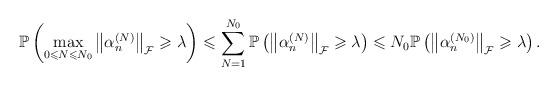
LaTeX: \begin{align*}\mathbb{P}\left( \max_{0\leqslant N\leqslant N_{0}}\left\Vert \alpha_{n}^{(N)}\right\Vert _{\mathcal{F}}\geqslant\lambda\right) \leqslant\sum_{N=1}^{N_{0}}\mathbb{P}\left( \left\Vert \alpha_{n}^{(N)}\right\Vert_{\mathcal{F}}\geqslant\lambda\right) \leqslant N_{0}\mathbb{P}\left(\left\Vert \alpha_{n}^{(N_{0})}\right\Vert _{\mathcal{F}}\geqslant\lambda\right) .\end{align*}